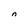
Character: n